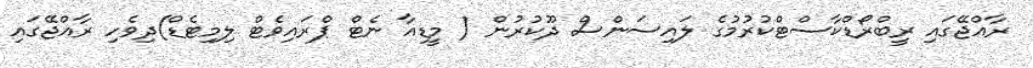
ރާއްޖޭގައި ރީބްރޯޑްކާސްޓްކުރުމުގެ ލައިސަންސް ދޫކުރުން ( މީޑިއާ ނެޓް ޕްރައިވެޓް ލިމިޓެޑް)ދިވެހި ރާއްޖޭގައި